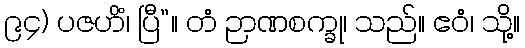
၉၄) ပဇဟိံ၊ ပြီ”။ တံ ဉာဏစက္ခု၊ သည်။ ဧဝံ၊ သို့။